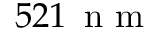
5 2 1 \, \mathrm { ~ n ~ m ~ }